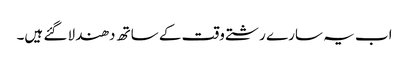
اب یہ سارے رشتے وقت کے ساتھ دھندلا گئے ہیں۔